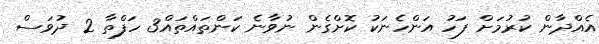
އެއްދާން ކުރުމަށް ފަހު އަންހެނަކު ކޮށްގެން ނުވާނެ ކަންތައްތައް3 ހަފްތާ 2 ދުވަސް